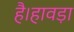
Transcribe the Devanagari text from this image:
है।हावड़ा